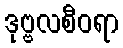
ဒုဗ္ဗလစီဝရာ